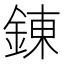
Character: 錬